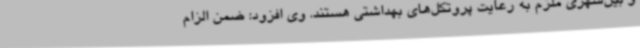
و بین‌شهری ملزم به رعایت پروتکل‌های بهداشتی هستند. وی افزود: ضمن الزام